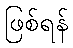
ဖြစ်ရန်